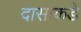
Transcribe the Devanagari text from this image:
दासाकडे